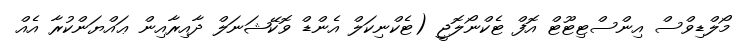
މޯލްޑިވްސް އިންސްޓިޓޫޓް އޮފް ޓެކްނޯލޮޖީ (ޓެކްނިކަލް އެންޑް ވޮކޭޝަނަލް ދާއިރާއިން ޢައްޔަންކުރާ އެއް